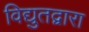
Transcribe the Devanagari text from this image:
विद्युतद्वारा